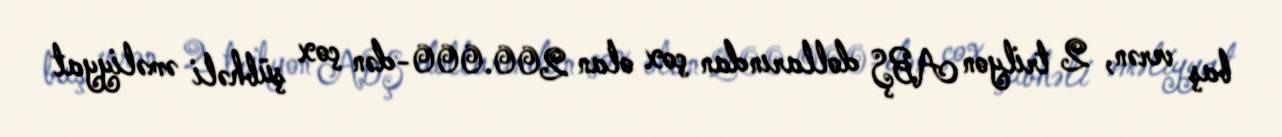
baş verən, 2 trilyon ABŞ dollarından çox olan 200.000-dən çox şübhəli əməliyyat